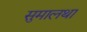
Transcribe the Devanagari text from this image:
सुमालथा